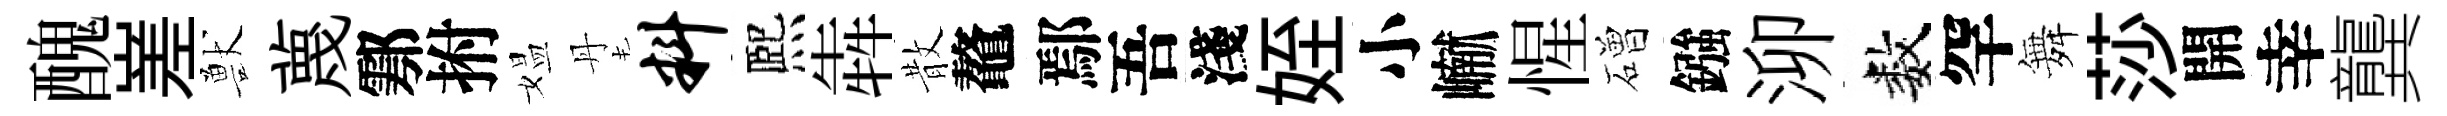
醜嵳獸蔑鄠拊媪丹料熈犇散鼇鄢吾淺姪小𪩘惺磳鏹泖数罕舞莎開幸龔